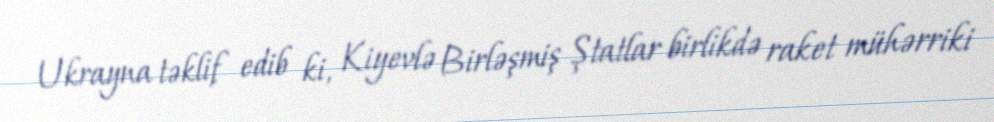
Ukrayna təklif edib ki, Kiyevlə Birləşmiş Ştatlar birlikdə raket mühərriki